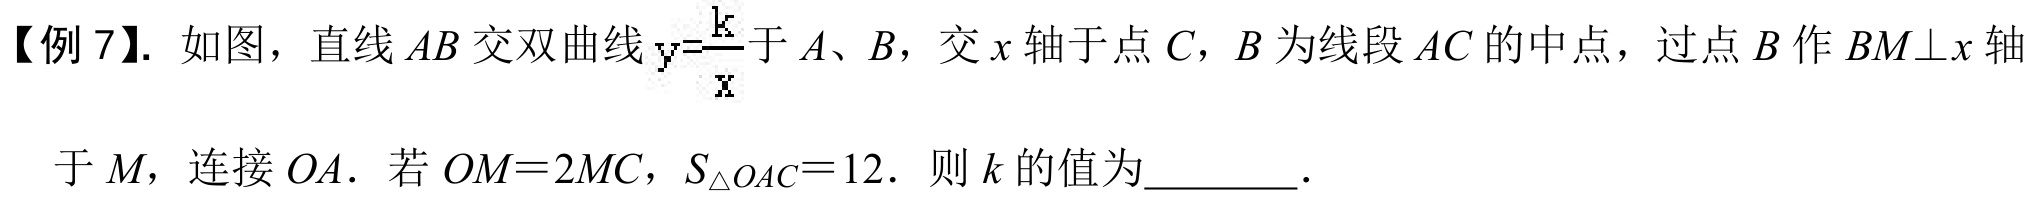
【例7】. 如图，直线\(AB\)交双曲线\(y = \dfrac{k}{x}\)于\(A\)、\(B\)，交\(x\)轴于点\(C\)，\(B\)为线段\(AC\)的中点，过点\(B\)作\(BM\perp x\)轴于\(M\)，连接\(OA\). 若\(OM = 2MC\)，\(S_{\triangle OAC}=12\). 则\(k\)的值为  ．